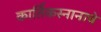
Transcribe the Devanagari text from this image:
कार्तिकस्नानाचे